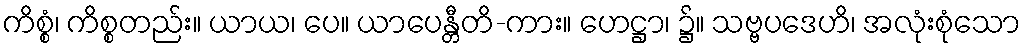
ကိစ္စံ၊ ကိစ္စတည်း။ ယာယ၊ ပေ။ ယာပေန္တီတိ-ကား။ ဟေဋ္ဌာ၊ ၌။ သဗ္ဗပဒေဟိ၊ အလုံးစုံသော